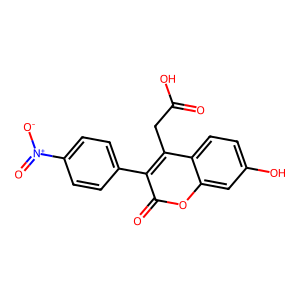
SMILES: O=C(O)Cc1c(-c2ccc([N+](=O)[O-])cc2)c(=O)oc2cc(O)ccc12
Inhibits HIV replication: No